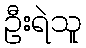
ဦးရဲသူ